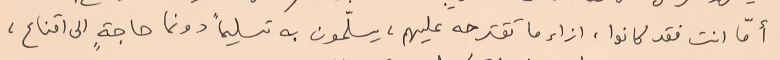
أمّأ انت فقد كانوا، ازاء ما تقترحه عليهم، يسلّمون به تسليماً دونما حاجةٍ الى اقناع،